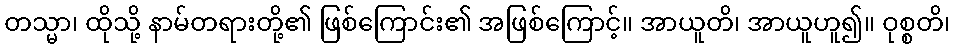
တသ္မာ၊ ထိုသို့ နာမ်တရားတို့၏ ဖြစ်ကြောင်း၏ အဖြစ်ကြောင့်။ အာယူတိ၊ အာယူဟူ၍။ ဝုစ္စတိ၊